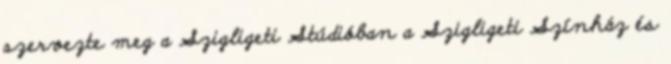
szervezte meg a Szigligeti Stúdióban a Szigligeti Színház és